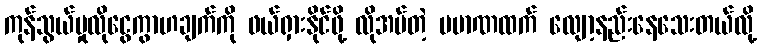
ကုန်သွယ်မှုလိုငွေကွာဟချက်ကို ဖယ်ရှားနိုင်ဖို့ လိုအပ်တဲ့ ပမာဏထက် လျော့နည်းနေသေးတယ်လို့